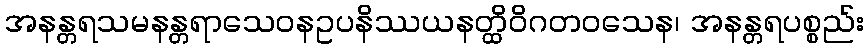
အနန္တရသမနန္တရာသေဝနဥပနိဿယနတ္ထိဝိဂတဝသေန၊ အနန္တရပစ္စည်း